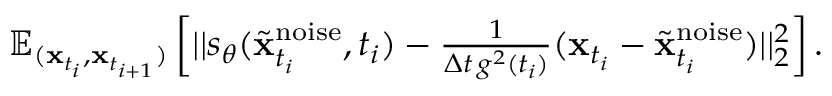
\begin{array} { r } { \mathbb { E } _ { ( \mathbf { x } _ { t _ { i } } , \mathbf { x } _ { t _ { i + 1 } } ) } \left[ | | s _ { \theta } ( \tilde { \mathbf { x } } _ { t _ { i } } ^ { \mathrm { n o i s e } } , t _ { i } ) - \frac { 1 } { \Delta t \, g ^ { 2 } ( t _ { i } ) } ( \mathbf { x } _ { t _ { i } } - \tilde { \mathbf { x } } _ { t _ { i } } ^ { \mathrm { n o i s e } } ) | | _ { 2 } ^ { 2 } \right] . } \end{array}